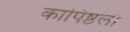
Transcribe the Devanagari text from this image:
कापिष्ठलो